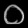
Digit: ၀